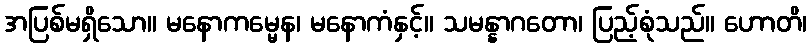
အပြစ်မရှိသော။ မနောကမ္မေန၊ မနောကံနှင့်။ သမန္နာဂတော၊ ပြည့်စုံသည်။ ဟောတိ၊